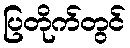
ပြတိုက်တွင်